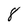
Character: 8